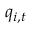
q _ { i , t }